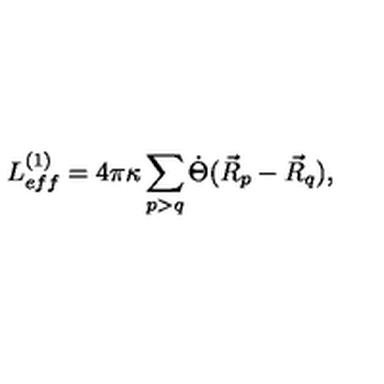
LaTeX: L _ { e f f } ^ { ( 1 ) } = 4 \pi \kappa \sum _ { p > q } \dot { \Theta } ( \vec { R } _ { p } - \vec { R } _ { q } ) ,